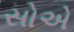
સોએ